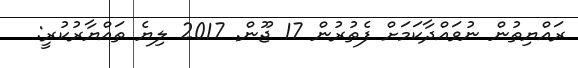
ރައްޔިތުން ނުވައްދާކަމަށް ފެތުރުން 17 ޖޫން